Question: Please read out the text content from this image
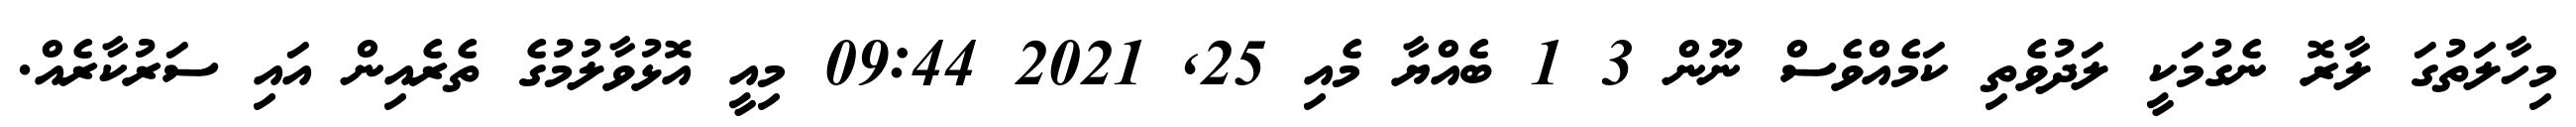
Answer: މިހާލަތުގަ ލާރޮ ނެގުމަކީ ލަދުވެތި ކަމެއްވެސް ނޫން 3 1 ބެއްޔާ މެއި 25, 2021 09:44 މިއީ އޮޅުވާލުމުގެ ތެރެއިން އައި ސަރުކާރެއް.